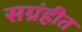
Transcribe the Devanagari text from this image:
सग्रंहीत